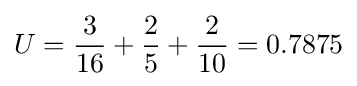
U={\frac {3}{16}}+{\frac {2}{5}}+{\frac {2}{10}}=0.7875